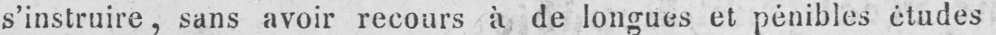
s’instruire, sans avoir recours à de longues et pénibles études